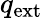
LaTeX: q_{\mathrm{ext}}